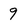
Character: 9